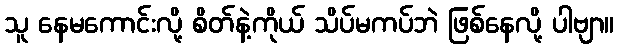
သူ နေမကောင်းလို့ စိတ်နဲ့ကိုယ် သိပ်မကပ်ဘဲ ဖြစ်နေလို့ ပါဗျာ။